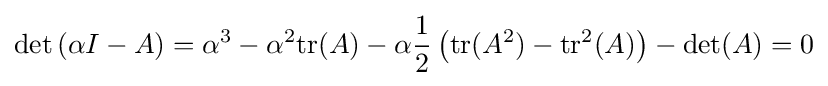
\det \left(\alpha I-A\right)=\alpha ^{3}-\alpha ^{2}{\rm {tr}}(A)-\alpha {\frac {1}{2}}\left({\rm {tr}}(A^{2})-{\rm {tr}}^{2}(A)\right)-\det(A)=0